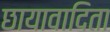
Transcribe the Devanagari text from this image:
छायावादिता